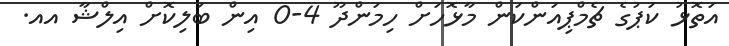
އަތޮޅު ކަޕުގެ ޗެމްޕިއަންކަން މާޅޮހަށް ހިމަންދޫ 4-0 އިން ބަލިކޮށް އިލްޝާ އއ.